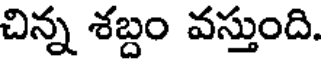
చిన్న శబ్దం వస్తుంది.